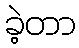
ခဲ့တာ